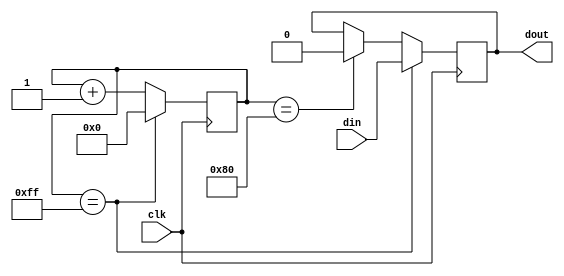

module pwmmod
    #(parameter DIVIDER_FREQ = 255, parameter DIVIDER_DTY = 128)
    (
        input clk,
        input din,
        output reg dout = 0
    );

    reg [31:0] counter = 0;
    always @ (posedge clk) begin
        counter <= counter + 1;
        if (counter == DIVIDER_FREQ) begin
            dout <= din;
            counter <= 0;
        end else if (counter == DIVIDER_DTY) begin
            dout <= 0;
        end
    end

endmodule